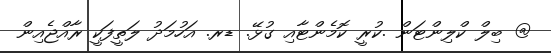
@ ބިލް ކްލިންޓަން .ކުރީ ކޮމެންޓާއި ގުޅޭ. ޑރ. އަހުމަދު ލަތީފަކީ ރާއްޖެއިން